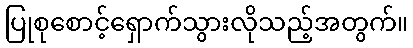
ပြုစုစောင့်ရှောက်သွားလိုသည့်အတွက်။